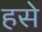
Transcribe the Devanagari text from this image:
हसे